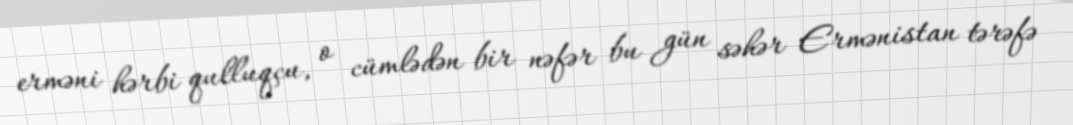
erməni hərbi qulluqçu, o cümlədən bir nəfər bu gün səhər Ermənistan tərəfə